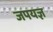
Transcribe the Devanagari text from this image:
जपयज्ञ